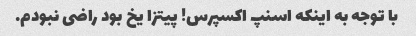
با توجه به اینکه اسنپ اکسپرس! پیتزا یخ بود راضی نبودم.